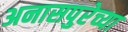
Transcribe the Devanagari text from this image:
अनासपुरेच्या